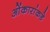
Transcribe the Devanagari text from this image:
ओंकारांकडे